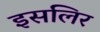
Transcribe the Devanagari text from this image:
इसलिर